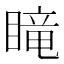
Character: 𥉫